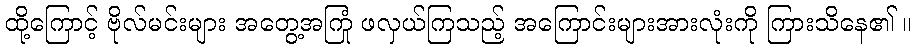
ထို့ကြောင့် ဗိုလ်မင်းများ အတွေ့အကြုံ ဖလှယ်ကြသည့် အကြောင်းများအားလုံးကို ကြားသိနေ၏ ။